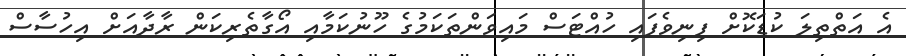
އެ އަތްތިލަ ކުޑަކޮށް ފިނިވެފައި ހުއްޓަސް މައިވަންތަކަމުގެ ހޫނުކަމާއި އޯގާތެރިކަން ރާދާއަށް އިހުސާސް